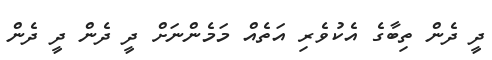
ދީ ދެން ތިބާގެ އެކުވެރި އަތެއް މަމެންނަށް ދީ ދެން ދީ ދެން